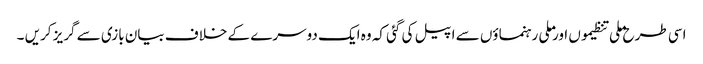
اسی طرح ملی تنظیموں اور ملی رہنماؤں سے اپیل کی گئی کہ وہ ایک دوسرے کے خلاف بیان بازی سے گریز کریں ۔